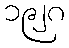
၁၉၂၈